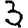
Digit: 3